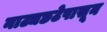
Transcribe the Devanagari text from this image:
नाट्यछटेपासून